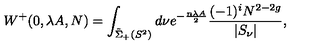
W ^ { + } ( 0 , \lambda A , N ) = \int _ { \tilde { \Sigma } _ { + } ( S ^ { 2 } ) } d \nu e ^ { - \frac { n \lambda A } { 2 } } \frac { ( - 1 ) ^ { i } N ^ { 2 - 2 g } } { | S _ { \nu } | } ,